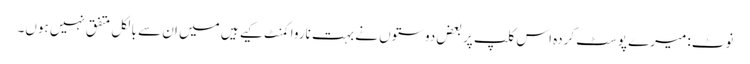
نوٹ: میرے پوسٹ کردہ اس کلپ پر بعض دوستوں نے بہت ناروا کمنٹ کیے ہیں میں ان سے بالکل متفق نہیں ہوں۔